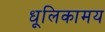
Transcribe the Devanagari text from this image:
धूलिकामय